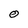
Character: O